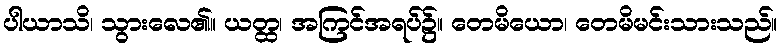
ပါယာသိ၊ သွားလေ၏။ ယတ္ထ၊ အကြင်အရပ်၌။ တေမိယော၊ တေမိမင်းသားသည်။